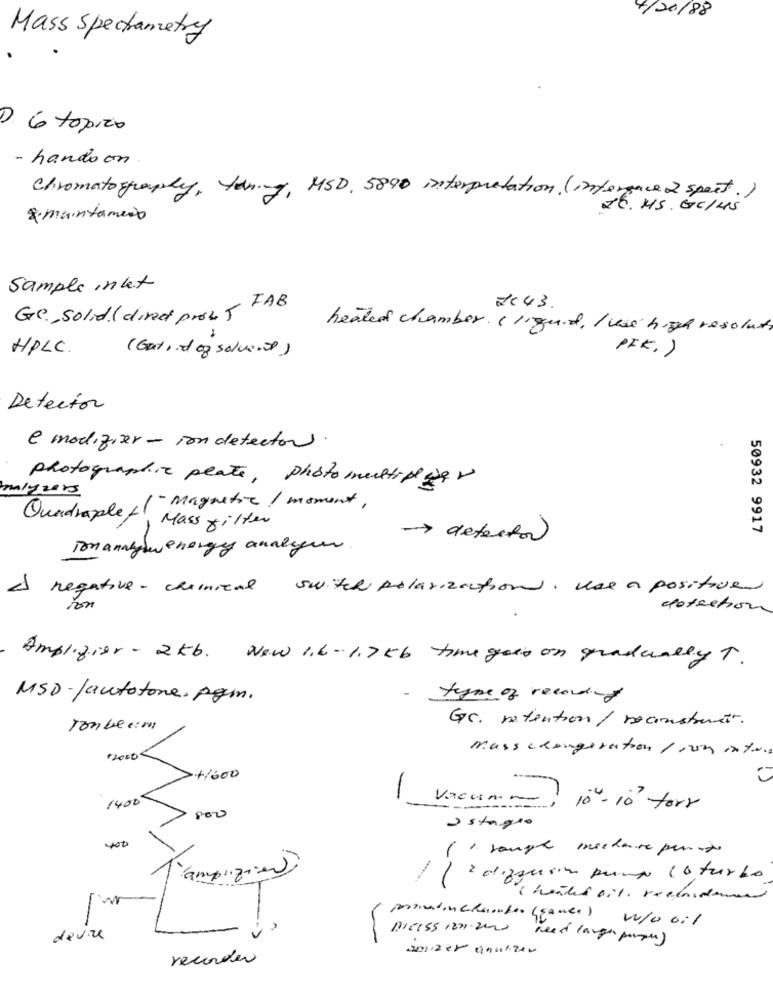
4/20/88
Mass Spectametry
D. 6 topico
- hando con
Chromatography, tuning, MSD. 5890 interpretation (interface 2 spect.)
26. HS. GC/MS
2. maintament
Sample inket
Ge. solid ( direct proc J FAB
2043.
heated chamber I Ii quid , I was high resolut,
HPLC.
( Gat , it of solvent)
PIK. )
Detector
e modifier - ion detector
photographic plate, photomultiplier
malyvers
1- Magnetic / moment,
Quadraplet Mass filter
50932 9917
-> detector
Ton analyse energy analyen
negative- chemical switch polarization , Use a positive
detection
Amplifier - 2kb. New 1.6.1.7kb time on gradually T.
MSD- Jautotone, pgm.
type of recording
Gr. natention/ soconstant.
Tonbeim
mass changeration 1 rom mate
11600
1400
-
Vacamino
10- 10 forr
800
estagio
400
" sampl mnschave punto
l'ampizin
2 diffusion puma 10 turbo
Charles oil. veclaudem
w
prosindinchamber (games) w/o oil
-
weiss 120.2000
devre
need large pages)
recorder